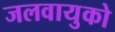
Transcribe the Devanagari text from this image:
जलवायुको